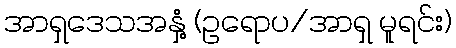
အာရှဒေသအနှံ့ (ဥရောပ/အာရှ မူရင်း)